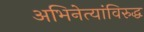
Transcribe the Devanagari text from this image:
अभिनेत्यांविरुद्ध